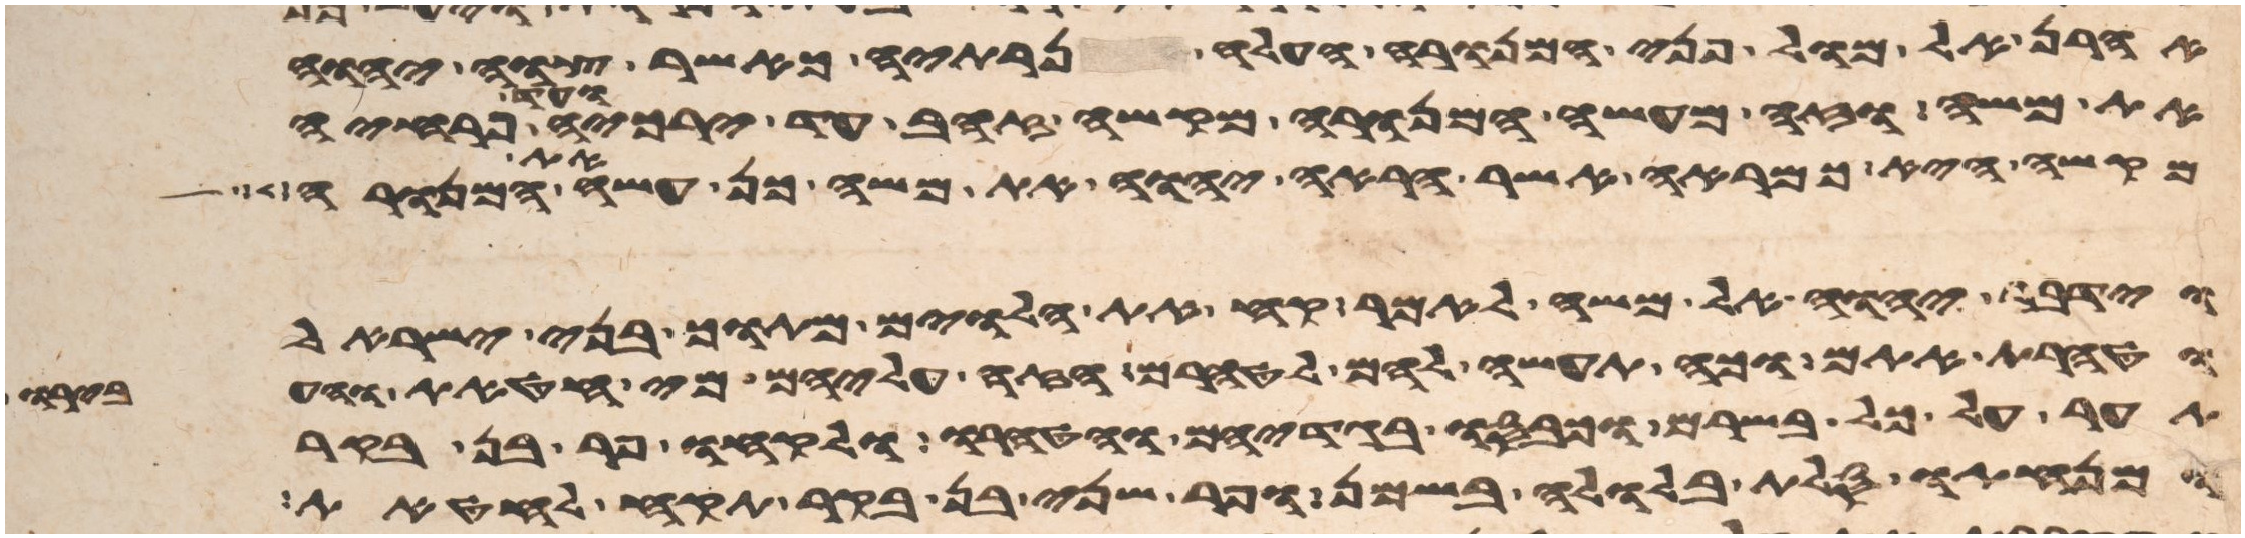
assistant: אהרן אל מול פני המנורה העלה נרתיה כאשר צוה יהוה
את משה וזה מעשה המנורה מקשה זהב עד ירכיה ועד פרחיה
מקשה היא כמראה אשר הראה יהוה את משה כן עשה את המנורה
וידבר יהוה אל משה לאמר קח את הלוים מתוך בני ישראל
וטהרת אתם וכה תעשה להם לטהרם הזי עליהם מי חטאת והעבירו
תער על כל בשרם וכבסו בגדיהם והטהרו ולקחו פר בן בקר
ומנחתו סלת בלולה בשמן ופר שני בן בקר תקח לחטאת